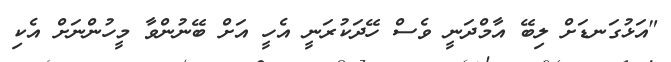
"އަޅުގަނޑަށް ލިބޭ އާމްދަނީ ވެސް ހޭދަކުރަނީ އެހީ އަށް ބޭނުންވާ މީހުންނަށް އެކި